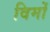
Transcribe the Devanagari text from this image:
विमों